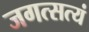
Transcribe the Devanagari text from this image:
जगत्सत्यं